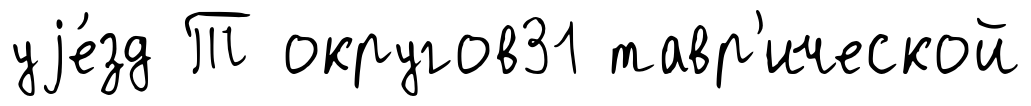
уjе́зд Т округов31 тавр'ической